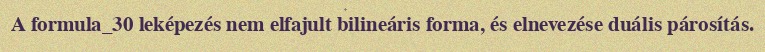
A formula_30 leképezés nem elfajult bilineáris forma, és elnevezése duális párosítás.